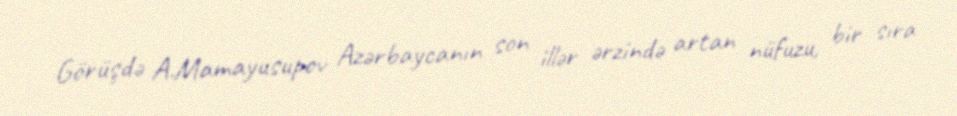
Görüşdə A.Mamayusupov Azərbaycanın son illər ərzində artan nüfuzu, bir sıra